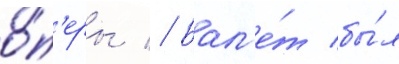
о́п'еры // Бал'е́т бы́л